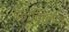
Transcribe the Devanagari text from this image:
इन्किलाब